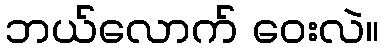
ဘယ်လောက် ဝေးလဲ။